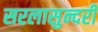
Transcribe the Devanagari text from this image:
सरलासुन्दरी